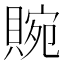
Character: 䝹